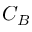
C _ { B }